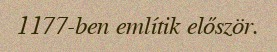
1177-ben említik először.